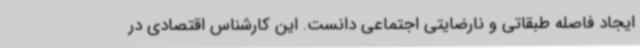
ایجاد فاصله طبقاتی و نارضایتی اجتماعی دانست. این کارشناس اقتصادی در